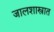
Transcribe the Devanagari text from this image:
जालशास्त्रात